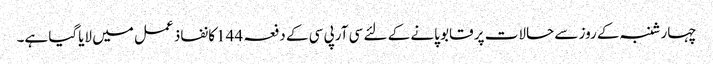
چہارشنبہ کے روز سے حالات پر قابو پانے کے لئے سی آرپی سی کے دفعہ 144کا نفاذ عمل میں لایاگیا ہے۔